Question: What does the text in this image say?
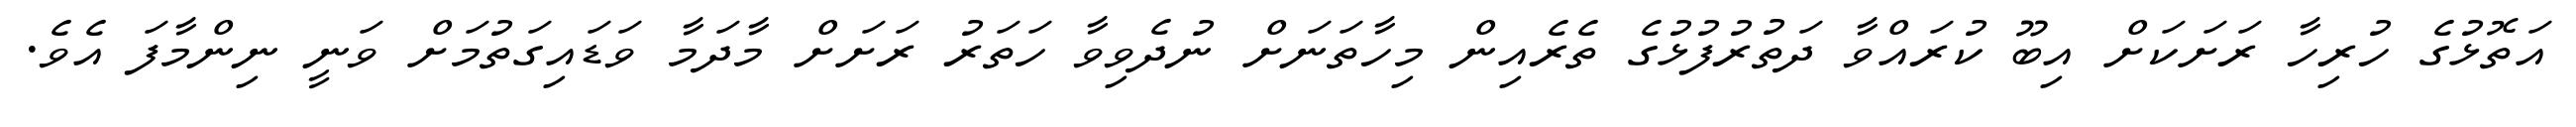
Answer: އަތޮޅުގެ ހުރިހާ ރަށަކަށް އިބޫ ކުރައްވާ ދަތުރުފުޅުގެ ތެރެއިން މިހާތަނަށް ނުދެވިވާ ހަތަރު ރަށަށް މާދަމާ ވަޑައިގަތުމަށް ވަނީ ނިންމާފަ އެވެ.